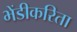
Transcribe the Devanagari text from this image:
भेंडीकरिता